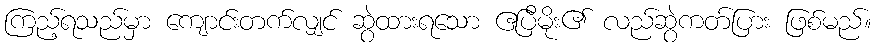
ကြည့်ရသည်မှာ ကျောင်းတက်လျှင် ဆွဲထားရသော ဧပြီမိုး၏ လည်ဆွဲကတ်ပြား ဖြစ်မည်။